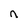
Character: n